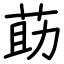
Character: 莇